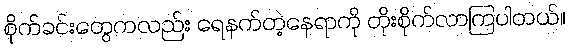
စိုက်ခင်းတွေကလည်း ရေနက်တဲ့နေရာကို တိုးစိုက်လာကြပါတယ်။